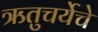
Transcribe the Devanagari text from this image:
ऋतुचर्येचे